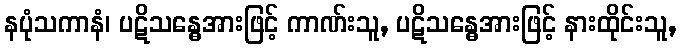
နပုံသကာနံ၊ ပဋိသန္ဓေအားဖြင့် ကာဏ်းသူ, ပဋိသန္ဓေအားဖြင့် နားထိုင်းသူ,